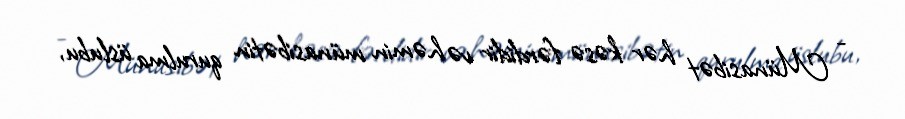
- Münasibət hər kəsə fərdidir və həmin münasibətin qurulma üslubu,